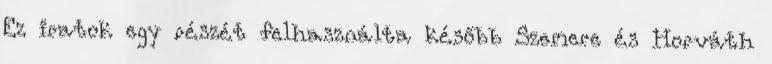
Ez iratok egy részét felhasználta később Szemere és Horváth